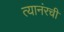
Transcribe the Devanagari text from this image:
त्यानंरची